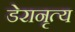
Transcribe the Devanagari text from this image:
डेरानृत्य